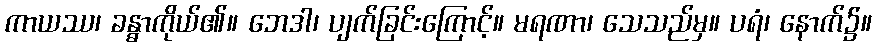
ကာယဿ၊ ခန္ဓာကိုယ်၏။ ဘေဒါ၊ ပျက်ခြင်းကြောင့်။ မရဏာ၊ သေသည်မှ။ ပရံ၊ နောက်၌။